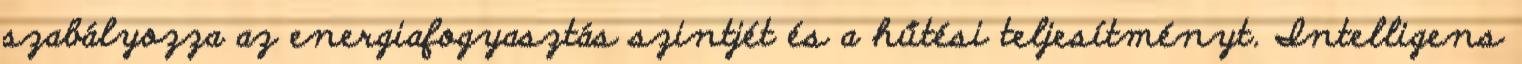
szabályozza az energiafogyasztás szintjét és a hűtési teljesítményt. Intelligens